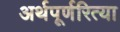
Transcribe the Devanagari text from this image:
अर्थपूर्णरित्या